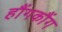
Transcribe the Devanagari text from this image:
हौंगकौंग